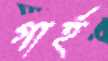
গার্হ